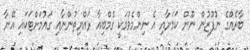
ބާރެއްގެ ނުފޫޒުން ނޫން ކަމަށާއި އެ ނިންމެވުމަކީ ގެމްބިއާ ރައްޔިތުންނާއި ގައުމަށްޓަކައި އޭނާ